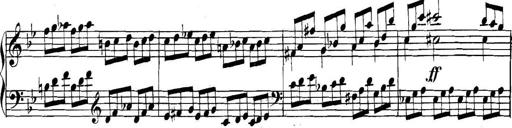
Title: Collected Piano Sonatas
Composer: Muzio Clementi